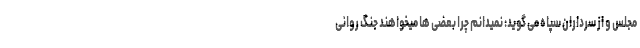
مجلس و از سرداران سپاه می گوید: نمیدانم چرا بعضی ها میخواهند جنگ روانی